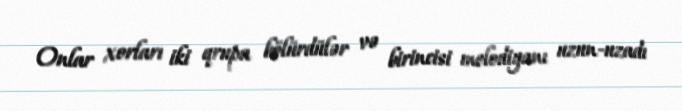
Onlar xorları iki qrupa bölürdülər və birincisi melodiyanı uzun-uzadı